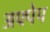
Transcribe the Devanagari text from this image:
अफ्पेप